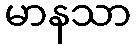
မာနသာ